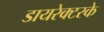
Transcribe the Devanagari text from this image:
डायरेक्टरके